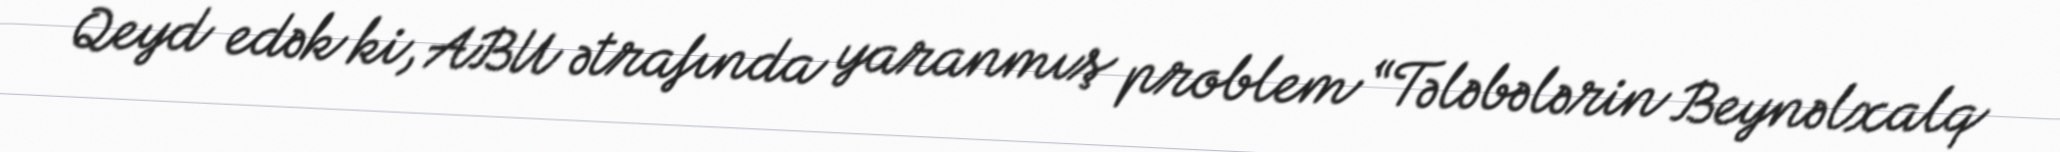
Qeyd edək ki, ABU ətrafında yaranmış problem “Tələbələrin Beynəlxalq